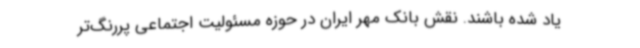
یاد شده باشند. نقش بانک مهر ایران در حوزه مسئولیت اجتماعی پررنگ‌تر